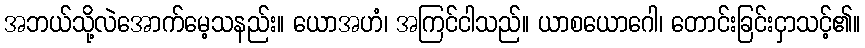
အဘယ်သို့လဲအောက်မေ့သနည်း။ ယောအဟံ၊ အကြင်ငါသည်။ ယာစယောဂေါ၊ တောင်းခြင်းငှာသင့်၏။